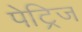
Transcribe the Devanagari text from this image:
पेट्रिज